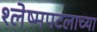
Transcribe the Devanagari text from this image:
श्लेष्मपटलाच्या